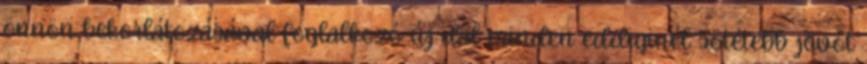
önnön bekorlátozásával foglalkozó új dal minden eddiginél sötétebb jövőt